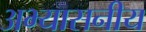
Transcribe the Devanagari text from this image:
अभ्यासनीय